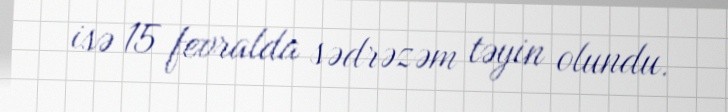
isə 15 fevralda sədrəzəm təyin olundu.